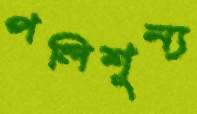
পলিশূন্য